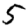
Digit: 5